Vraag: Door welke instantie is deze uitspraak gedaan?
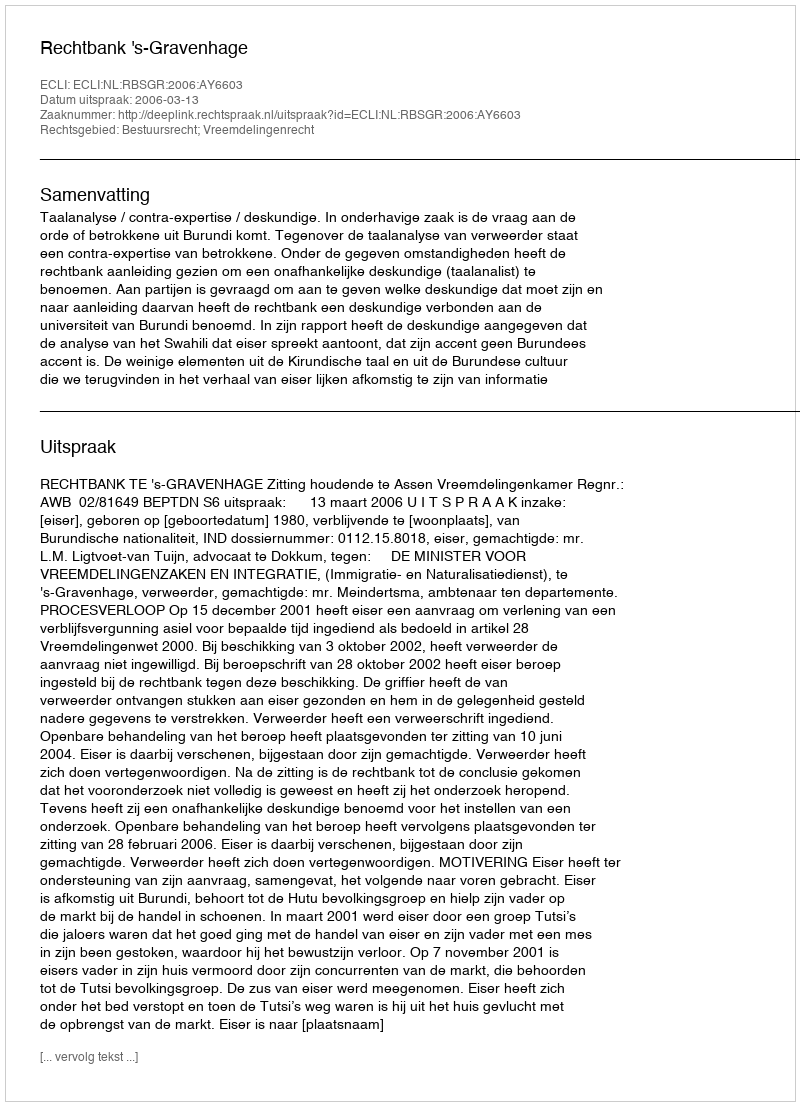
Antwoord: Rechtbank 's-Gravenhage